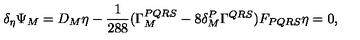
\delta _ { \eta } \Psi _ { M } = D _ { M } \eta - \frac { 1 } { 2 8 8 } ( \Gamma _ { M } ^ { P Q R S } - 8 \delta _ { M } ^ { P } \Gamma ^ { Q R S } ) F _ { P Q R S } \eta = 0 ,